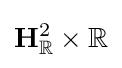
\mathbf {H} _{\mathbb {R} }^{2}\times \mathbb {R}